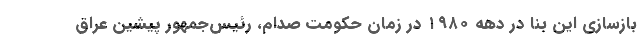
بازسازی این بنا در دهه ۱۹۸۰ در زمان حکومت صدام، رئیس‌جمهور پیشین عراق